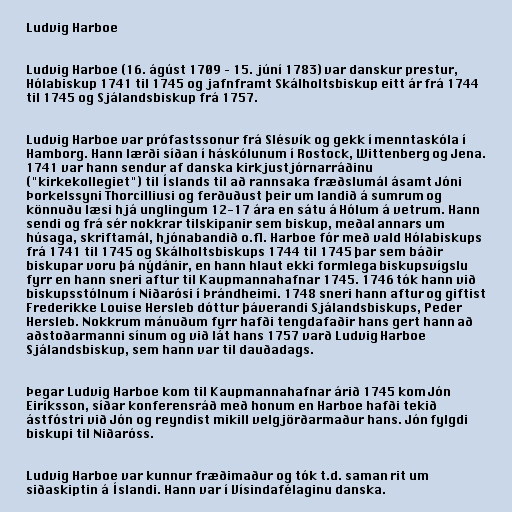
Ludvig Harboe

Ludvig Harboe (16. ágúst 1709 – 15. júní 1783) var danskur prestur,
Hólabiskup 1741 til 1745 og jafnframt Skálholtsbiskup eitt ár frá 1744
til 1745 og Sjálandsbiskup frá 1757.

Ludvig Harboe var prófastssonur frá Slésvík og gekk í menntaskóla í
Hamborg. Hann lærði síðan í háskólunum í Rostock, Wittenberg og Jena.
1741 var hann sendur af danska kirkjustjórnarráðinu
("kirkekollegiet") til Íslands til að rannsaka fræðslumál ásamt Jóni
Þorkelssyni Thorcilliusi og ferðuðust þeir um landið á sumrum og
könnuðu læsi hjá unglingum 12-17 ára en sátu á Hólum á vetrum. Hann
sendi og frá sér nokkrar tilskipanir sem biskup, meðal annars um
húsaga, skriftamál, hjónabandið o.fl. Harboe fór með vald Hólabiskups
frá 1741 til 1745 og Skálholtsbiskups 1744 til 1745 þar sem báðir
biskupar voru þá nýdánir, en hann hlaut ekki formlega biskupsvígslu
fyrr en hann sneri aftur til Kaupmannahafnar 1745. 1746 tók hann við
biskupsstólnum í Niðarósi í Þrándheimi. 1748 sneri hann aftur og giftist
Frederikke Louise Hersleb dóttur þáverandi Sjálandsbiskups, Peder
Hersleb. Nokkrum mánuðum fyrr hafði tengdafaðir hans gert hann að
aðstoðarmanni sínum og við lát hans 1757 varð Ludvig Harboe
Sjálandsbiskup, sem hann var til dauðadags.

Þegar Ludvig Harboe kom til Kaupmannahafnar árið 1745 kom Jón
Eiríksson, síðar konferensráð með honum en Harboe hafði tekið
ástfóstri við Jón og reyndist mikill velgjörðarmaður hans. Jón fylgdi
biskupi til Niðaróss.

Ludvig Harboe var kunnur fræðimaður og tók t.d. saman rit um
siðaskiptin á Íslandi. Hann var í Vísindafélaginu danska.